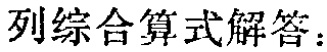
列综合算式解答：